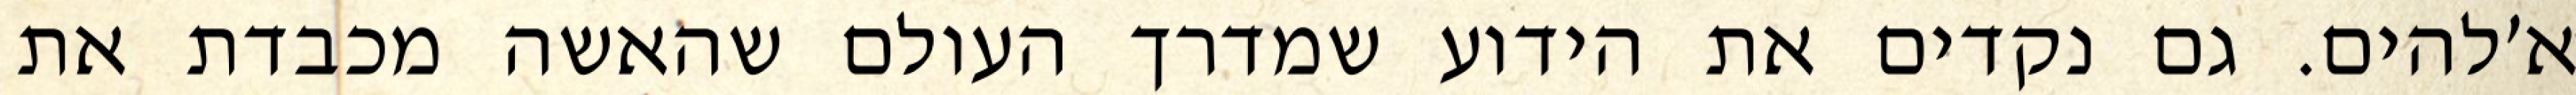
א׳להים. גם נקדים את הידוע שמדרך העולם שהאשה מכבדת את